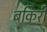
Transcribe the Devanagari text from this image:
बकिरी